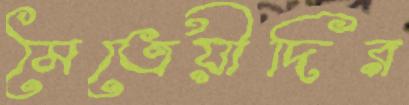
মৈত্রেয়ীদির